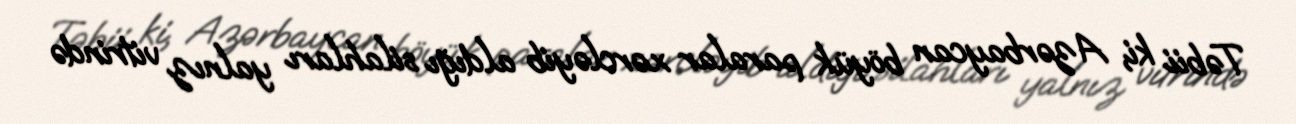
Təbii ki, Azərbaycan böyük paralar xərcləyib aldığı silahları yalnız vitrində